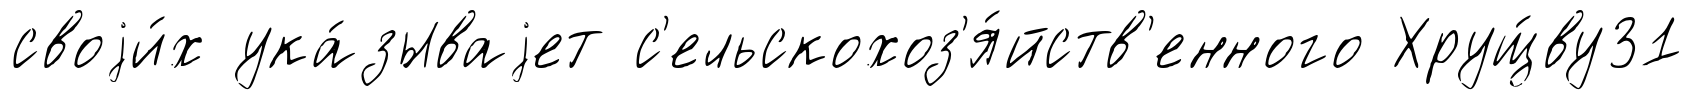
своjи́х ука́зываjет с'ельскохоз'я́йств'енного Хрущ́ву31